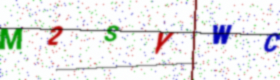
Text: M2SYWC